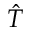
\hat { T }